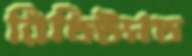
রিডিউসড